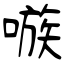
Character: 嗾